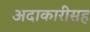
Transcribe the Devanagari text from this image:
अदाकारीसह